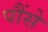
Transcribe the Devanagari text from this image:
पौंसे